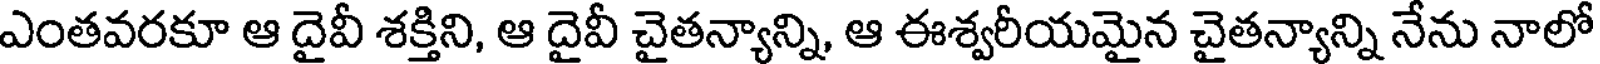
ఎంతవరకూ ఆ దైవీ శక్తిని, ఆ దైవీ చైతన్యాన్ని, ఆ ఈశ్వరీయమైన చైతన్యాన్ని నేను నాలో